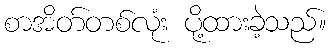
စာအိတ်တစ်လုံး ပို့ထားခဲ့သည်။